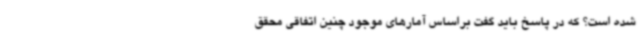
شده است؟ که در پاسخ باید گفت براساس آمارهای موجود چنین اتفاقی محقق